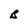
Character: B